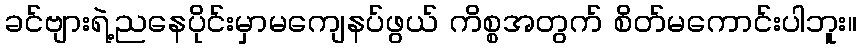
ခင်ဗျားရဲ့ညနေပိုင်းမှာမကျေနပ်ဖွယ် ကိစ္စအတွက် စိတ်မကောင်းပါဘူး။